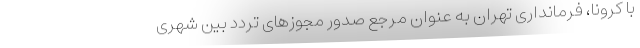
با کرونا، فرمانداری تهران به عنوان مرجع صدور مجوزهای تردد بین شهری